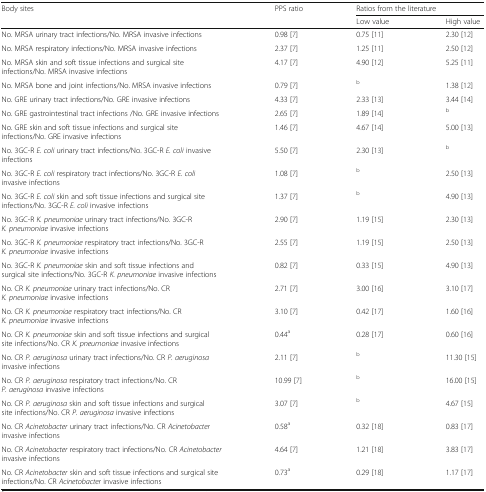
<table><thead><tr><td rowspan="2"><b>Body sites</b></td><td rowspan="2"><b>PPS ratio</b></td><td colspan="2"><b>Ratios from the literature</b></td></tr><tr><td><b>Low value</b></td><td><b>High value</b></td></tr></thead><tbody><tr><td>No. MRSA urinary tract infections/No. MRSA invasive infections</td><td>0.98 [7]</td><td>0.75 [11]</td><td>2.30 [12]</td></tr><tr><td>No. MRSA respiratory infections/No. MRSA invasive infections</td><td>2.37 [7]</td><td>1.25 [11]</td><td>2.50 [12]</td></tr><tr><td>No. MRSA skin and soft tissue infections and surgical site infections/No. MRSA invasive infections</td><td>4.17 [7]</td><td>4.90 [12]</td><td>5.25 [11]</td></tr><tr><td>No. MRSA bone and joint infections/No. MRSA invasive infections</td><td>0.79 [7]</td><td><sup>b</sup></td><td>1.38 [12]</td></tr><tr><td>No. GRE urinary tract infections/No. GRE invasive infections</td><td>4.33 [7]</td><td>2.33 [13]</td><td>3.44 [14]</td></tr><tr><td>No. GRE gastrointestinal tract infections /No. GRE invasive infections</td><td>2.65 [7]</td><td>1.89 [14]</td><td><sup>b</sup></td></tr><tr><td>No. GRE skin and soft tissue infections and surgical site infections/No. GRE invasive infections</td><td>1.46 [7]</td><td>4.67 [14]</td><td>5.00 [13]</td></tr><tr><td>No. 3GC-R <i>E. coli</i> urinary tract infections/No. 3GC-R <i>E. coli</i> invasive infections</td><td>5.50 [7]</td><td>2.30 [13]</td><td><sup>b</sup></td></tr><tr><td>No. 3GC-R <i>E. coli</i> respiratory tract infections/No. 3GC-R <i>E. coli</i> invasive infections</td><td>1.08 [7]</td><td><sup>b</sup></td><td>2.50 [13]</td></tr><tr><td>No. 3GC-R <i>E. coli</i> skin and soft tissue infections and surgical site infections/No. 3GC-R <i>E. coli</i> invasive infections</td><td>1.37 [7]</td><td><sup>b</sup></td><td>4.90 [13]</td></tr><tr><td>No. 3GC-R <i>K. pneumoniae</i> urinary tract infections/No. 3GC-R <i>K. pneumoniae</i> invasive infections</td><td>2.90 [7]</td><td>1.19 [15]</td><td>2.30 [13]</td></tr><tr><td>No. 3GC-R <i>K. pneumoniae</i> respiratory tract infections/No. 3GC-R <i>K. pneumoniae</i> invasive infections</td><td>2.55 [7]</td><td>1.19 [15]</td><td>2.50 [13]</td></tr><tr><td>No. 3GC-R <i>K. pneumoniae</i> skin and soft tissue infections and surgical site infections/No. 3GC-R <i>K. pneumoniae</i> invasive infections</td><td>0.82 [7]</td><td>0.33 [15]</td><td>4.90 [13]</td></tr><tr><td>No. CR <i>K. pneumoniae</i> urinary tract infections/No. CR <i>K. pneumoniae</i> invasive infections</td><td>2.71 [7]</td><td>3.00 [16]</td><td>3.10 [17]</td></tr><tr><td>No. CR <i>K. pneumoniae</i> respiratory tract infections/No. CR <i>K. pneumoniae</i> invasive infections</td><td>3.10 [7]</td><td>0.42 [17]</td><td>1.60 [16]</td></tr><tr><td>No. CR <i>K. pneumoniae</i> skin and soft tissue infections and surgical site infections/No. CR <i>K. pneumoniae</i> invasive infections</td><td>0.44<sup>a</sup></td><td>0.28 [17]</td><td>0.60 [16]</td></tr><tr><td>No. CR <i>P. aeruginosa</i> urinary tract infections/No. CR <i>P. aeruginosa</i> invasive infections</td><td>2.11 [7]</td><td><sup>b</sup></td><td>11.30 [15]</td></tr><tr><td>No. CR <i>P. aeruginosa</i> respiratory tract infections/No. CR <i>P. aeruginosa</i> invasive infections</td><td>10.99 [7]</td><td><sup>b</sup></td><td>16.00 [15]</td></tr><tr><td>No. CR <i>P. aeruginosa</i> skin and soft tissue infections and surgical site infections/No. CR <i>P. aeruginosa</i> invasive infections</td><td>3.07 [7]</td><td><sup>b</sup></td><td>4.67 [15]</td></tr><tr><td>No. CR <i>Acinetobacter</i> urinary tract infections/No. CR <i>Acinetobacter</i> invasive infections</td><td>0.58<sup>a</sup></td><td>0.32 [18]</td><td>0.83 [17]</td></tr><tr><td>No. CR <i>Acinetobacter</i> respiratory tract infections/No. CR <i>Acinetobacter</i> invasive infections</td><td>4.64 [7]</td><td>1.21 [18]</td><td>3.83 [17]</td></tr><tr><td>No. CR <i>Acinetobacter</i> skin and soft tissue infections and surgical site infections/No. CR <i>Acinetobacter</i> invasive infections</td><td>0.73<sup>a</sup></td><td>0.29 [18]</td><td>1.17 [17]</td></tr></tbody></table>